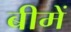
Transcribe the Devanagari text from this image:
बीमें